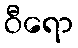
ဝီရော